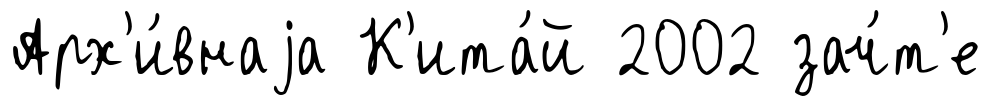
Арх'и́внаjа К'ита́й 2002 зач́т'е